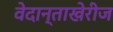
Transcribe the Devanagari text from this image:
वेदान्ताखेरीज